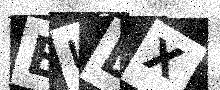
Text: EUDX